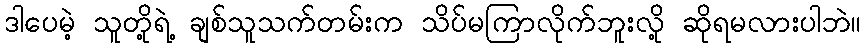
ဒါပေမဲ့ သူတို့ရဲ့ ချစ်သူသက်တမ်းက သိပ်မကြာလိုက်ဘူးလို့ ဆိုရမလားပါဘဲ။